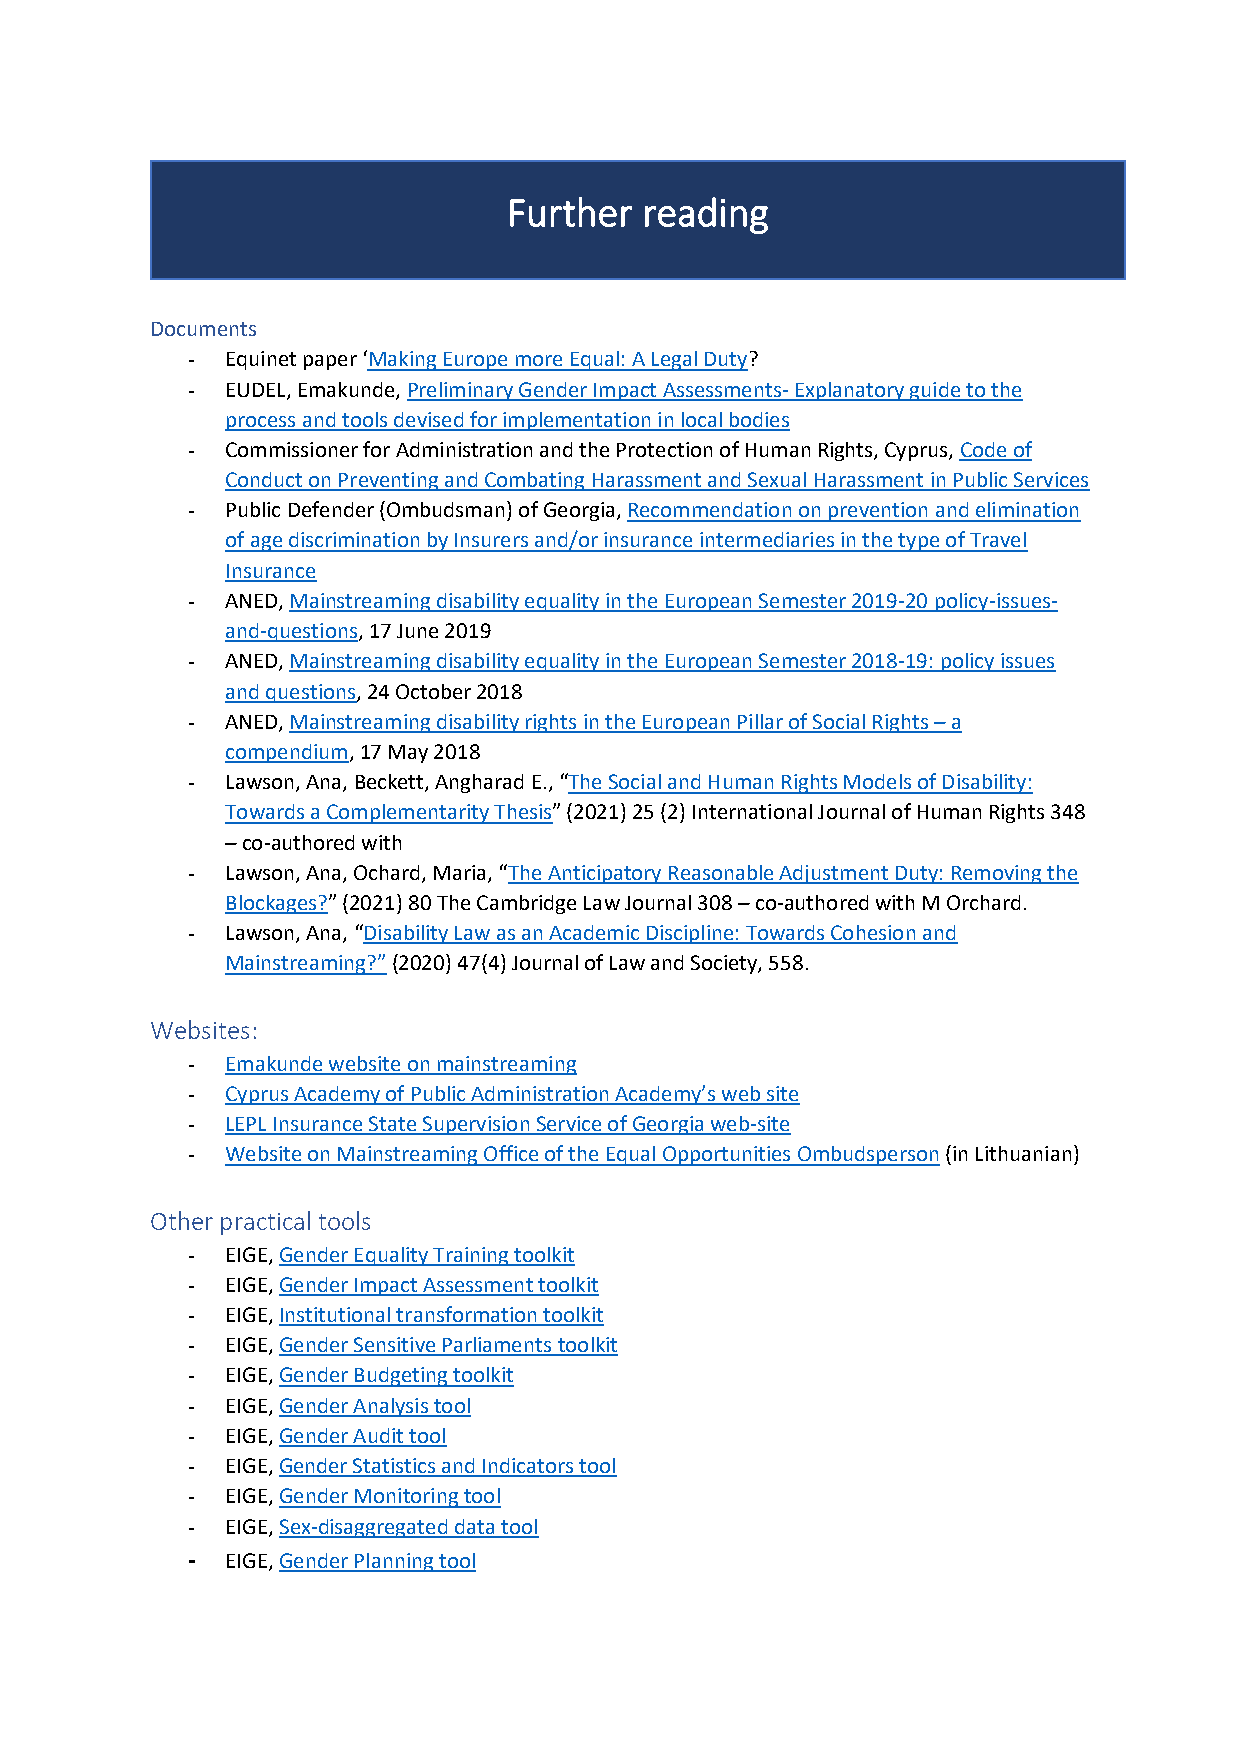
Further reading
 Documents
 -  Equinet paper ‘Making Europe more Equal: A Legal Duty?
 -  EUDEL, Emakunde, Preliminary Gender Impact Assessments- Explanatory guide to the
 process and tools devised for implementation in local bodies
 -  Commissioner for Administration and the Protection of Human Rights, Cyprus, Code of
 Conduct on Preventing and Combating Harassment and Sexual Harassment in Public Services
 -  Public Defender (Ombudsman) of Georgia, Recommendation on prevention and elimination
 of age discrimination by Insurers and/or insurance intermediaries in the type of Travel
 Insurance
 -  ANED, Mainstreaming disability equality in the European Semester 2019-20 policy-issues-
 and-questions, 17 June 2019
 -  ANED, Mainstreaming disability equality in the European Semester 2018-19: policy issues
 and questions, 24 October 2018
 -  ANED, Mainstreaming disability rights in the European Pillar of Social Rights – a
 compendium, 17 May 2018
 -  Lawson, Ana, Beckett, Angharad E., “The Social and Human Rights Models of Disability:
 Towards a Complementarity Thesis” (2021) 25 (2) International Journal of Human Rights 348
 – co-authored with
 -  Lawson, Ana, Ochard, Maria, “The Anticipatory Reasonable Adjustment Duty: Removing the
 Blockages?” (2021) 80 The Cambridge Law Journal 308 – co-authored with M Orchard.
 -  Lawson, Ana, “Disability Law as an Academic Discipline: Towards Cohesion and
 Mainstreaming?” (2020) 47(4) Journal of Law and Society, 558.
 Websites:
 -  Emakunde website on mainstreaming
 -  Cyprus Academy of Public Administration Academy’s web site
 -  LEPL Insurance State Supervision Service of Georgia web-site
 -  Website on Mainstreaming Office of the Equal Opportunities Ombudsperson (in Lithuanian)
 Other practical tools
 -  EIGE, Gender Equality Training toolkit
 -  EIGE, Gender Impact Assessment toolkit
 -  EIGE, Institutional transformation toolkit
 -  EIGE, Gender Sensitive Parliaments toolkit
 -  EIGE, Gender Budgeting toolkit
 -  EIGE, Gender Analysis tool
 -  EIGE, Gender Audit tool
 -  EIGE, Gender Statistics and Indicators tool
 -  EIGE, Gender Monitoring tool
 -  EIGE, Sex-disaggregated data tool
 -  EIGE, Gender Planning tool